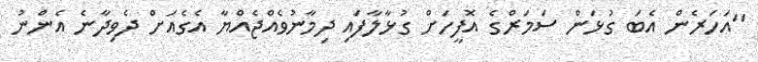
"އަހަރެން އެބަ ގުޅަން ސަމަރްގެ އޮފީހަށް ގުޅާލާފައި ދިމާނުވެއްޖެއްޔާ އެގެއަށް ދެވިދާނެ އެންނު